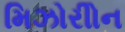
મિઝોરીોન